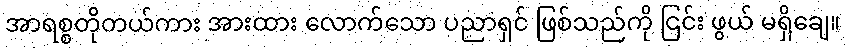
အာရစ္စတိုတယ်ကား အားထား လောက်သော ပညာရှင် ဖြစ်သည်ကို ငြင်း ဖွယ် မရှိချေ။